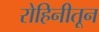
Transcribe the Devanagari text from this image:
रोहिनीतून